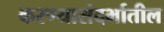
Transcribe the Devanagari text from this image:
करण्यासंदर्भातील